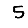
Digit: 5